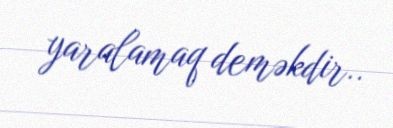
yaralamaq deməkdir..